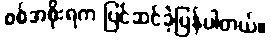
စစ်အစိုးရက ပြင်ဆင်ခဲ့ပြန်ပါတယ်။